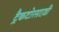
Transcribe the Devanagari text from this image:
ट्रैकटोरसाज़ी